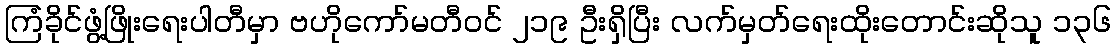
ကြံခိုင်ဖွံ့ဖြိုးရေးပါတီမှာ ဗဟိုကော်မတီဝင် ၂၁၉ ဦးရှိပြီး လက်မှတ်ရေးထိုးတောင်းဆိုသူ ၁၃၆